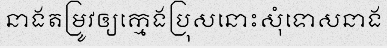
នាងតម្រូវឲ្យក្មេងប្រុសនោះសុំទោសនាង